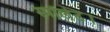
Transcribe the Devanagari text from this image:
स्मॉलेट।